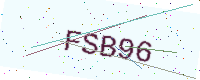
Text: FSB96